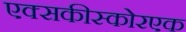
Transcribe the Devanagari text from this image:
एक्सकीस्कोरएक